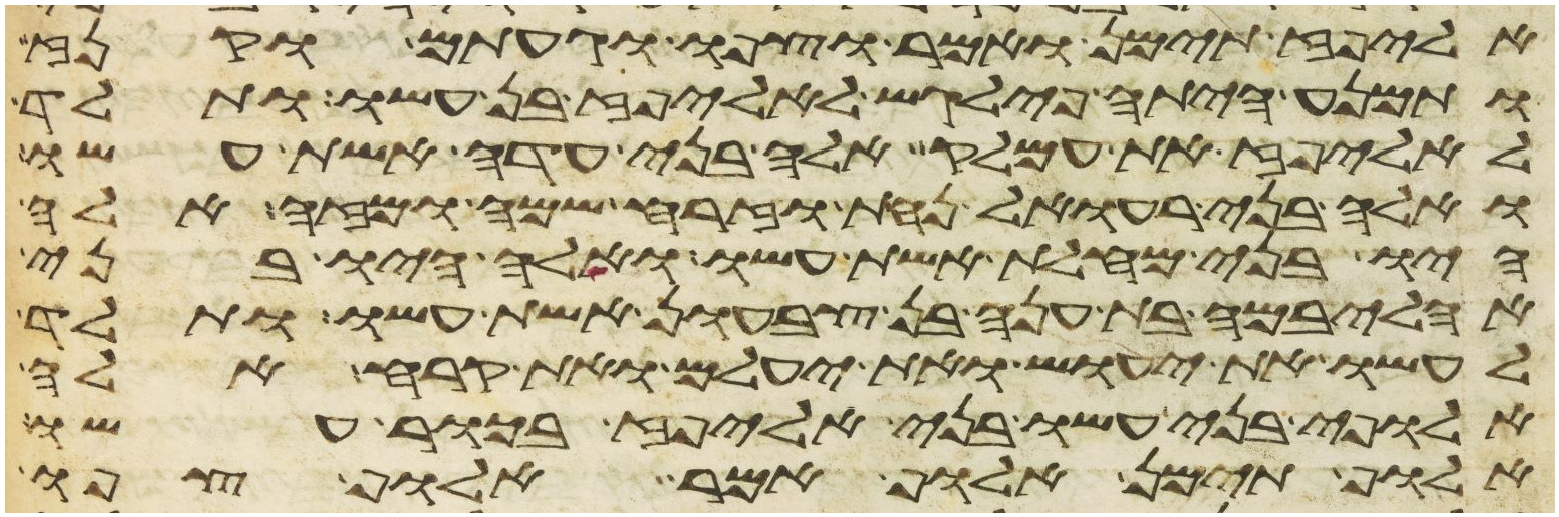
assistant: אליפז תימן ואמר וצפו וגעתם וקנז
ותמנע היתה פילגש לאליפז בן עשו ותלד
לאליפז את עמלק אלה בני עדה אשת עשו
ואלה בני רעואל נחת וזרח שמח ומזה אלה
היו בני מחלת אשת עשו ואלה היו בני
אהליבמה בת ענה בן צבעון אשת עשו ותלד
לעשו את יעוש ואת יעלם ואת קרח אלה
אלופי בני עשו בני אליפז בכור עשו
אלוף תימן אלוף אמר אלוף צפו